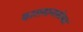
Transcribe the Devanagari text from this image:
कालमानासोबत